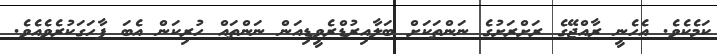
ކަމެކެވެ. އެހެނީ ރާއްޖޭގެ ރަށްރަށުގެ ނަންތަކަށް ބަލާއިރުޑްރެވީޑިއަން ނަންތައް ހުރިކަން އެބަ ފާހަގަކުރެވެއެވެ.